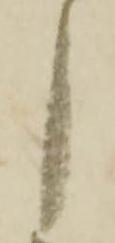
月